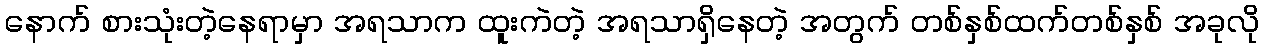
နောက် စားသုံးတဲ့နေရာမှာ အရသာက ထူးကဲတဲ့ အရသာရှိနေတဲ့ အတွက် တစ်နှစ်ထက်တစ်နှစ် အခုလို